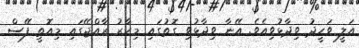
އަލީ ވަހީދު ވިދާޅުވިއެވެ. އޭނާ ވިދާޅުވި ގޮތުގައި މިހާރު ރާއްޖޭގައި މިއޮތީ ފޭސް